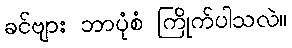
ခင်ဗျား ဘာပုံစံ ကြိုက်ပါသလဲ။